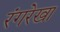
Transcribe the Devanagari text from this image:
रंगरेखा